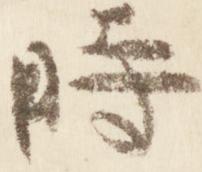
時